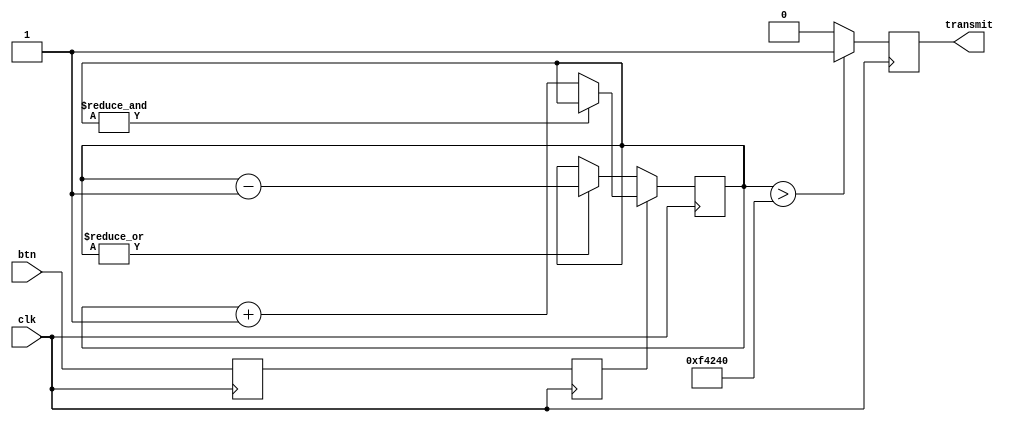
`timescale 1ns / 1ps
//////////////////////////////////////////////////////////////////////////////////
// Company: 
// Engineer: 
// 
// Design Name: 
// Module Name: Debounce_Signals
// Project Name: 
// Target Devices: 
// Tool Versions: 
// Description: 
// 
// Dependencies: 
// 
// Revision:
// Revision 0.01 - File Created
// Additional Comments:
// 
//////////////////////////////////////////////////////////////////////////////////


module Debounce_Signals #(parameter threshold =1000000)
(
    input clk,//input clock
    input btn, //input buttons for transmit and reset
    output reg transmit //transmit signa;
    );
    
    reg button_ff1=0; //button FF for synchronization, initially set to 0
    reg button_ff2=0; //button FF for synchronization, initially set to 0
    reg [30:0] count=0; //20 bitsc count for increment and decerement when button is pressed or released.
    
    //First use two FF to synchronize the button signal, "clk", clock domain
    
    always @(posedge clk)
    begin
    button_ff1<=btn;
    button_ff2<=button_ff1;
    end
    
    //when push button is pressed or released, we increment or decrement the counter
   
 always @(posedge clk)
 begin
 if (button_ff2) // if button_ff2 is high
 begin
 if (~&count)//if it isn't at the count limit, make sure you won't count up at the limit. First AND all count and then not the AND
 count<=count+1; //when btn is pressed, count up
 end
 else begin
 if (|count) // if count has at least 1 in it, making sure no subtract when count is 0
 count<=count-1; //when btn is released, count down 
 end
 if (count>threshold) //if the count is larger than the threshhold
 transmit<=1; //debounced signal is 1
 else
 transmit<=0; //debounced signal is 0
 end
 endmodule